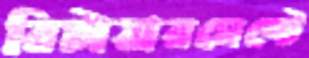
রিটায়ারমেন্টে